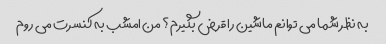
به نظر شما می توانم ماشین را قرض بگیرم؟ من امشب به کنسرت می روم